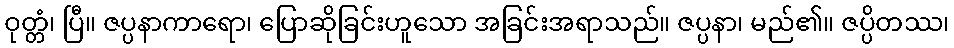
ဝုတ္တံ၊ ပြီ။ ဇပ္ပနာကာရော၊ ပြောဆိုခြင်းဟူသော အခြင်းအရာသည်။ ဇပ္ပနာ၊ မည်၏။ ဇပ္ပိတဿ၊